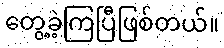
တွေ့ခဲ့ကြပြီဖြစ်တယ်။